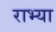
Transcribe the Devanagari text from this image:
राभ्या